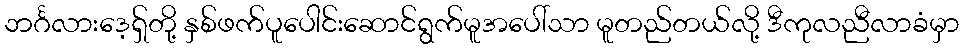
ဘင်္ဂလားဒေ့ရှ်တို့ နှစ်ဖက်ပူပေါင်းဆောင်ရွက်မူအပေါ်သာ မူတည်တယ်လို့ ဒီကုလညီလာခံမှာ